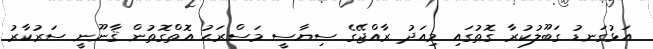
އަޅުގަނޑު ގަބޫލުކުރާ ގޮތުގައި މިއަދު ރާއްޖޭގެ ސިޔާސީ މަސްރަޙު އޮތްގޮތުން ޤާނޫނީ ސަރުކާރު